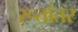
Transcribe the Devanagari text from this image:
रूतांतर